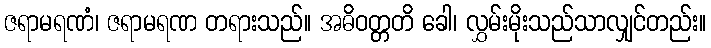
ဇရာမရဏံ၊ ဇရာမရဏ တရားသည်။ အဓိဝတ္တတိ ခေါ၊ လွှမ်းမိုးသည်သာလျှင်တည်း။